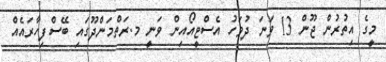
މީގެ އިތުރުން ޖޫން 13 ވަނަ ދުވަހު އެސްޓީއޯއިން ވަނީ މ.ރަތްމަންދޫގައި ބޭސްފިހާރައެއް